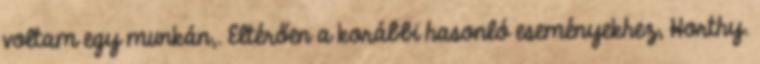
voltam egy munkán,. Eltérően a korábbi hasonló eseményekhez, Horthy.